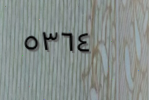
٥٣٦٤